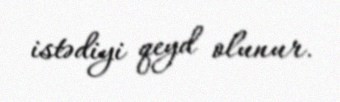
istədiyi qeyd olunur.